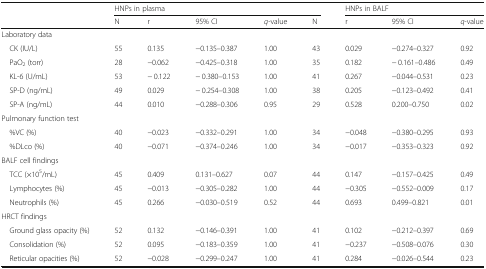
<table><thead><tr><td rowspan="2"></td><td colspan="5"><b>HNPs in plasma</b></td><td colspan="3"><b>HNPs in BALF</b></td></tr><tr><td><b>N</b></td><td><b>r</b></td><td><b>95% CI</b></td><td><b><i>q</i>-value</b></td><td><b>N</b></td><td><b>r</b></td><td><b>95% CI</b></td><td><b><i>q</i>-value</b></td></tr></thead><tbody><tr><td colspan="9">Laboratory data</td></tr><tr><td> CK (IU/L)</td><td>55</td><td>0.135</td><td>−0.135–0.387</td><td>1.00</td><td>43</td><td>0.029</td><td>−0.274–0.327</td><td>0.92</td></tr><tr><td> PaO<sub>2</sub> (torr)</td><td>28</td><td>−0.062</td><td>−0.425–0.318</td><td>1.00</td><td>35</td><td>0.182</td><td>− 0.161–0.486</td><td>0.49</td></tr><tr><td> KL-6 (U/mL)</td><td>53</td><td>− 0.122</td><td>− 0.380–0.153</td><td>1.00</td><td>41</td><td>0.267</td><td>−0.044–0.531</td><td>0.23</td></tr><tr><td> SP-D (ng/mL)</td><td>49</td><td>0.029</td><td>− 0.254–0.308</td><td>1.00</td><td>38</td><td>0.205</td><td>−0.123–0.492</td><td>0.41</td></tr><tr><td> SP-A (ng/mL)</td><td>44</td><td>0.010</td><td>−0.288–0.306</td><td>0.95</td><td>29</td><td>0.528</td><td>0.200–0.750</td><td>0.02</td></tr><tr><td colspan="9">Pulmonary function test</td></tr><tr><td> %VC (%)</td><td>40</td><td>−0.023</td><td>−0.332–0.291</td><td>1.00</td><td>34</td><td>−0.048</td><td>−0.380–0.295</td><td>0.93</td></tr><tr><td> %DLco (%)</td><td>40</td><td>−0.071</td><td>−0.374–0.246</td><td>1.00</td><td>34</td><td>−0.017</td><td>−0.353–0.323</td><td>0.92</td></tr><tr><td colspan="9">BALF cell findings</td></tr><tr><td> TCC (×10<sup>5</sup>/mL)</td><td>45</td><td>0.409</td><td>0.131–0.627</td><td>0.07</td><td>44</td><td>0.147</td><td>−0.157–0.425</td><td>0.49</td></tr><tr><td> Lymphocytes (%)</td><td>45</td><td>−0.013</td><td>−0.305–0.282</td><td>1.00</td><td>44</td><td>−0.305</td><td>−0.552–0.009</td><td>0.17</td></tr><tr><td> Neutrophils (%)</td><td>45</td><td>0.266</td><td>−0.030–0.519</td><td>0.52</td><td>44</td><td>0.693</td><td>0.499–0.821</td><td>0.01</td></tr><tr><td colspan="9">HRCT findings</td></tr><tr><td> Ground glass opacity (%)</td><td>52</td><td>0.132</td><td>−0.146–0.391</td><td>1.00</td><td>41</td><td>0.102</td><td>−0.212–0.397</td><td>0.69</td></tr><tr><td> Consolidation (%)</td><td>52</td><td>0.095</td><td>−0.183–0.359</td><td>1.00</td><td>41</td><td>−0.237</td><td>−0.508–0.076</td><td>0.30</td></tr><tr><td> Reticular opacities (%)</td><td>52</td><td>−0.028</td><td>−0.299–0.247</td><td>1.00</td><td>41</td><td>0.284</td><td>−0.026–0.544</td><td>0.23</td></tr></tbody></table>